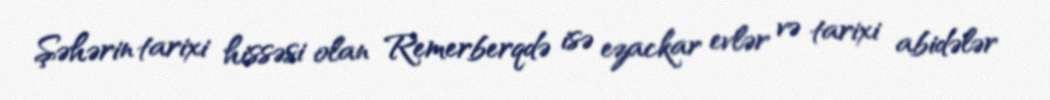
Şəhərin tarixi hissəsi olan Remerberqdə isə ezackar evlər və tarixi abidələr